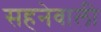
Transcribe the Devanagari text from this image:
सहनेवाली